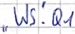
Text: "WS".Q1